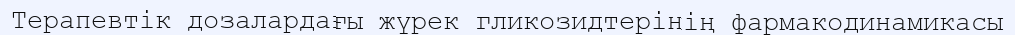
Терапевтік дозалардағы жүрек гликозидтерінің фармакодинамикасы